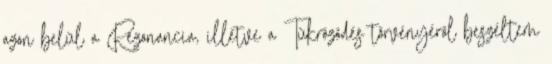
azon belül a Rezonancia, illetve a Tükrözõdés törvényérõl beszéltem